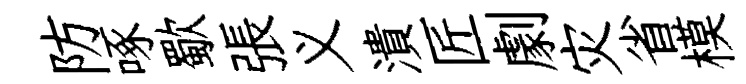
防啄歜張义潰匠劇灾省模